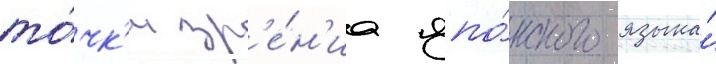
то́чк'и зр'е́н'иа япо́нского языка́